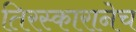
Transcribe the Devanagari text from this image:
तिरस्कारानेच